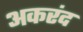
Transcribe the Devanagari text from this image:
अकरंद